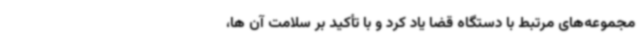
مجموعه‌های مرتبط با دستگاه قضا یاد کرد و با تأکید بر سلامت آن ها،